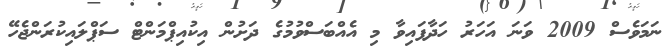
ނަމަވެސް 2009 ވަނަ އަހަރު ހަދާފައިވާ މި އެއްބަސްވުމުގެ ދަށުން އިކުއިޕްމަންޓް ސަޕްލައިކުރަންޖެހޭ